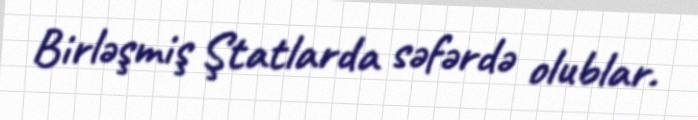
Birləşmiş Ştatlarda səfərdə olublar.